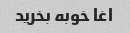
اغا خوبه بخرید